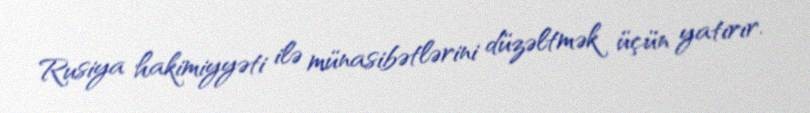
Rusiya hakimiyyəti ilə münasibətlərini düzəltmək üçün yatırır.